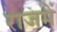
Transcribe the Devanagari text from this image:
राजमें